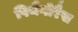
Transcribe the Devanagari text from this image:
पिथैगोरैस